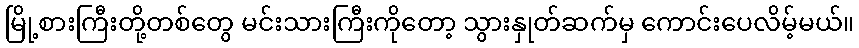
မြို့စားကြီးတို့တစ်တွေ မင်းသားကြီးကိုတော့ သွားနှုတ်ဆက်မှ ကောင်းပေလိမ့်မယ်။